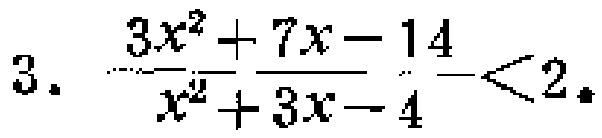
\(3.\ \frac{3x^{2}+7x - 14}{x^{2}+3x - 4}<2.\)